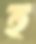
হ